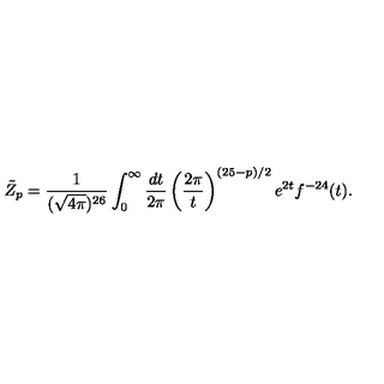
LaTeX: \tilde { Z } _ { p } = \frac { 1 } { ( \sqrt { 4 \pi } ) ^ { 2 6 } } \int _ { 0 } ^ { \infty } \frac { d t } { 2 \pi } \left( \frac { 2 \pi } { t } \right) ^ { ( 2 5 - p ) / 2 } e ^ { 2 t } f ^ { - 2 4 } ( t ) .